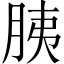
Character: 胰